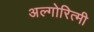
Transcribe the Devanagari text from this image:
अल्गोरित्मी